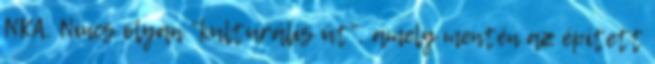
NKA. Nincs olyan "kulturális út", amely mentén az épített